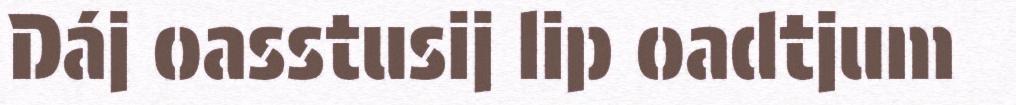
Dáj oasstusij lip oadtjum